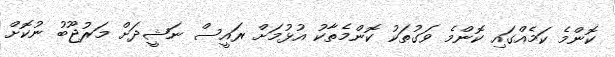
ކޮންމެ ކަމެއްގައި ކޮންމެ ވަގުތަކު ކޮންމެތާކު އުޅުމަށް ރައީސް ނަޝީދަށް މަރުޖޫބު ނުކޮށް